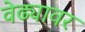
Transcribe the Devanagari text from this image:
वेढ्यावर